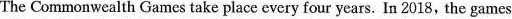
The Commonwealth Games take place every four years. In 2018, the games